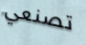
تصنعي